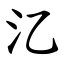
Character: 㲸